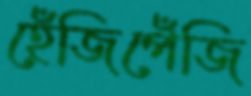
হেঁজিপেঁজি